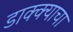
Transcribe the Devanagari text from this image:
डाक्क्याचा